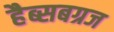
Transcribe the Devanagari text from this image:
हैब्सबग्रज